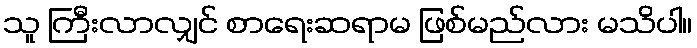
သူ ကြီးလာလျှင် စာရေးဆရာမ ဖြစ်မည်လား မသိပါ။